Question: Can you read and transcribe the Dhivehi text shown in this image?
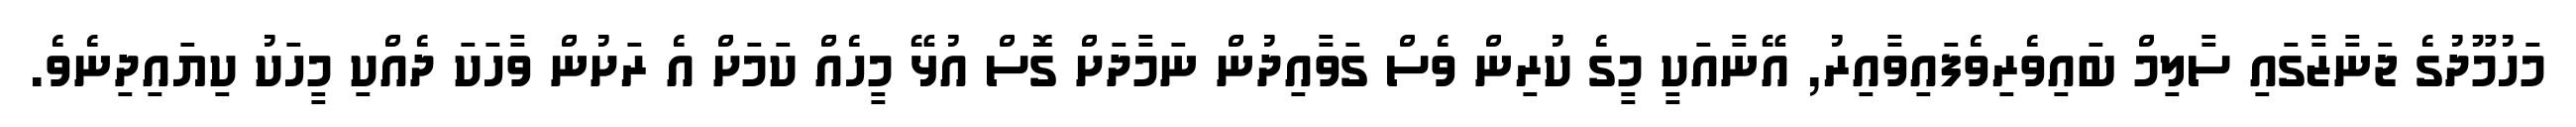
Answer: މަހުމޫދުގެ ޖަނާޒާގައި ސާލިމް ބައިވެރިވެފައިވާއިރު, އޭނާއަކީ މީގެ ކުރިން ވެސް ގަވާއިދުން ނަމާދަށް ގޮސް އުޅޭ މީހެއް ކަމަށް އެ ރަށުން ވާހަކަ ދެއްކި މީހަކު ކިޔައިދިނެވެ.